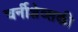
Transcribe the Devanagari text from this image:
चर्नीशेव्सकी